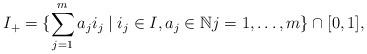
LaTeX: \begin{align*}I_+=\{ \sum_{j=1}^m a_j i_j\mid i_j\in I, a_j\in \mathbb N j=1,\dots,m\}\cap [0,1],\end{align*}